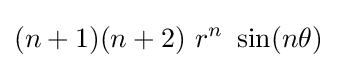
(n+1)(n+2)~r^{n}~\sin(n\theta )